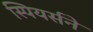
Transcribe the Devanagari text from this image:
स्पियर्सने